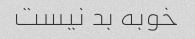
خوبه بد نیست